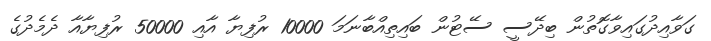
ގަވާއިދުގައިވާގޮތުން ބިދޭސީ ސޭޓުން ބައިތިއްބާނަމަ 10000 ރުފިޔާ އާއި 50000 ރުފިޔާއާ ދެމެދުގެ